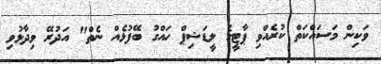
ވަކިން މަސައްކަތް ކުރެއްވި ޕާޓީގެ ލީޑަޝިޕް ހައްގު ބޭފުޅެއް ނެތް" އަދުރޭ ވިދާޅުވި